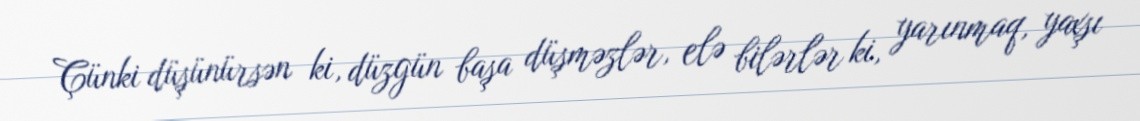
Çünki düşünürsən ki, düzgün başa düşməzlər, elə bilərlər ki, yarınmaq, yaxşı